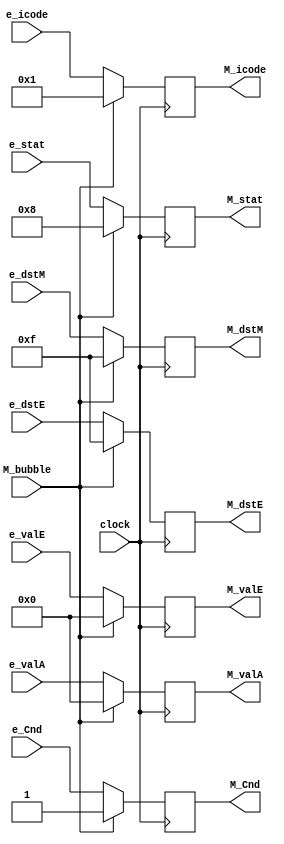
module M_reg (clock, M_bubble, e_stat, e_icode, e_valA, e_valE, e_Cnd, e_dstE, e_dstM, M_stat, M_icode, M_valA, M_valE, M_Cnd, M_dstE, M_dstM);

input clock, M_bubble, e_Cnd;
input [0:3] e_dstE, e_dstM, e_icode, e_stat;
input [0:63] e_valA, e_valE;

output reg M_Cnd;
output reg [0:3] M_dstE, M_dstM, M_icode, M_stat;
output reg [0:63] M_valA, M_valE;

// Updating the M registers according to bubble condition.
always @(posedge clock) begin
	if (~M_bubble) begin
		M_Cnd <= e_Cnd;
		M_dstE <= e_dstE;
		M_dstM <= e_dstM;
		M_icode <= e_icode;
		M_stat <= e_stat;
		M_valE <= e_valE;
		M_valA <= e_valA;
	end
	else begin
		M_Cnd <= 1;
		M_dstE <= 4'hF;
		M_dstM <= 4'hF;
		M_icode <= 4'h1;
		M_stat <= 4'b1000;
		M_valE <= 64'd0;
		M_valA <= 64'd0;
	end
end

endmodule